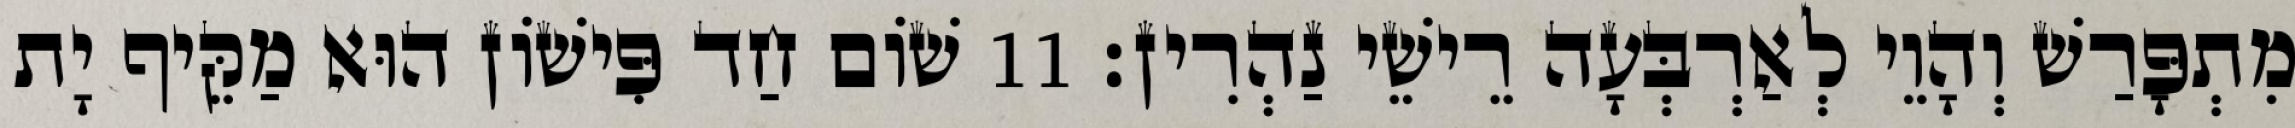
מִתְפָּרַשׁ וְהָוֵי לְאַרְבְּעָה רֵישֵׁי נַהְרִין׃ 11 שׁוֹם חַד פִּישׁוֹן הוּא מַקֵּיף יָת